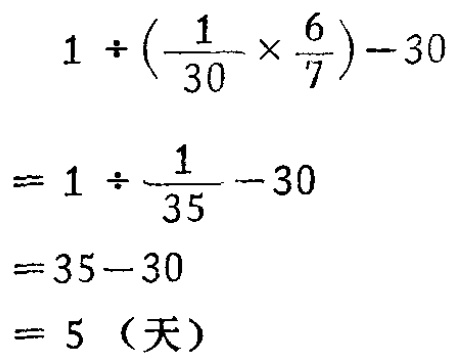
\[

\begin{align*}

&1\div(\frac{1}{30}\times\frac{6}{7}) - 30\\

=&1\div\frac{1}{35}-30\\

=&35 - 30\\

=&5（天）

\end{align*}

\]